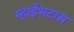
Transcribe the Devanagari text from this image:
म्हाईंभटास